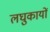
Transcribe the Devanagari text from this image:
लघुकायों